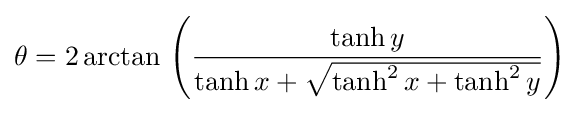
\theta =2\operatorname {arctan} \,\left({\frac {\tanh y}{\tanh x+{\sqrt {\tanh ^{2}x+\tanh ^{2}y}}}}\right)